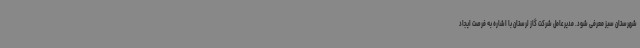
شهرستان سبز معرفی شود. مدیرعامل شرکت گاز لرستان با اشاره به فرصت ایجاد